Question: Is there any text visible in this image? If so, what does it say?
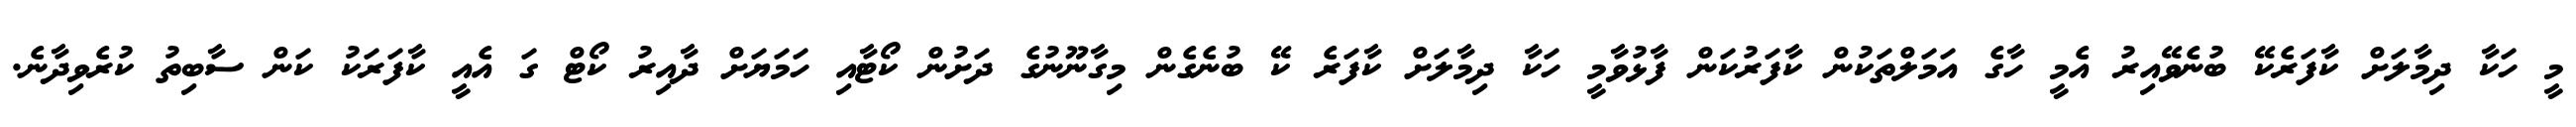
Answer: މީ ހަކާ ދިމާލަށް ކާފަރެކޭ ބުނެވޭއިރު އެމީ ހާގެ އަމަލްތަކުން ކާފަރުކަން ފާޅުވާމީ ހަކާ ދިމާލަށް ކާފަރެ ކޭ ބުނެގެން މިގާނޫނުގެ ދަށުން ކޯޓާއި ހަމަޔަށް ދާއިރު ކޯޓް ގަ އެއީ ކާފަރަކު ކަން ސާބިތު ކުރެވިދާނެ.